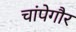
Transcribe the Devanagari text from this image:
चांपेगौर